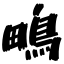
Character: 鴫